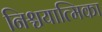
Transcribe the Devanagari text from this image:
निश्चयात्मिका